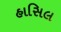
હાસિલ